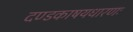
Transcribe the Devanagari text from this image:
दण्डकाषयधारणः